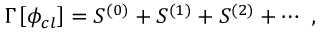
\Gamma \left[ \phi _ { c l } \right] = S ^ { ( 0 ) } + S ^ { ( 1 ) } + S ^ { ( 2 ) } + \cdots \, \, ,